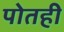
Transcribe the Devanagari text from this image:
पोतही